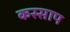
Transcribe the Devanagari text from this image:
कस्साप